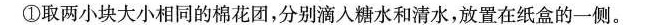
①取两小块大小相同的棉花团，分别滴入糖水和清水，放置在纸盒的一侧。